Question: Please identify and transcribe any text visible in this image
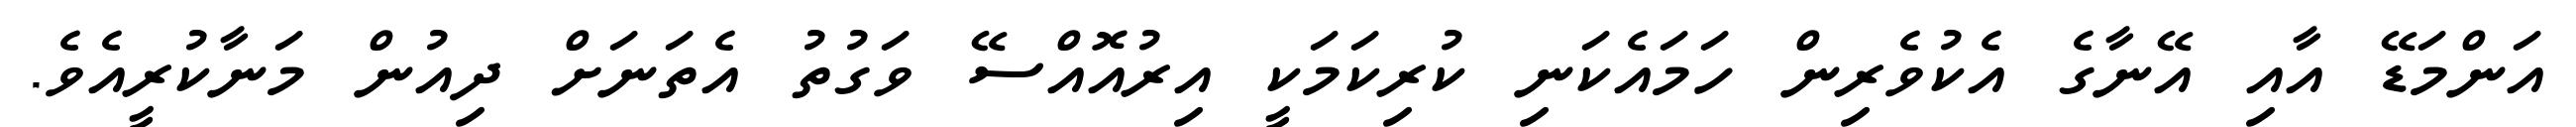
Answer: އަންމަޑޭ އާއި އޭނާގެ އެކުވެރިން ހަމައެކަނި ކުރިކަމަކީ އިރުއޮއްސޭ ވަގުތު އެތަނަށް ދިއުން މަނާކުރީއެވެ.